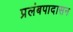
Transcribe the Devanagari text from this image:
प्रलंबपादासन